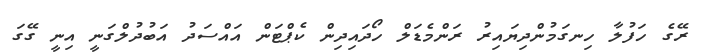
ރޭގެ ހަފުލާ ހިނގަމުންދިޔައިރު ރަންމެޑަލް ހޯދައިދިން ކެޕްޓަން އައްސަދު އަބުދުލްގަނީ އިނީ ގޭގަ